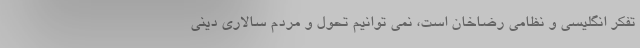
تفکر انگلیسی و نظامی رضاخان است، نمی توانیم تحول و مردم سالاری دینی